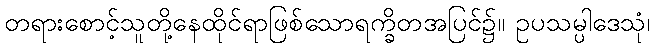
တရားစောင့်သူတို့နေထိုင်ရာဖြစ်သောရက္ခိတအပြင်၌။ ဥပသမ္ပါဒေသုံ၊